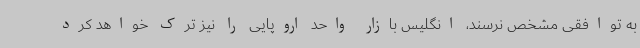
به توافقی مشخص نرسند، انگلیس بازار واحد اروپایی را نیز ترک خواهد کرد